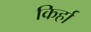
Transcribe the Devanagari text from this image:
किर्हा